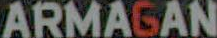
ARMAGAN